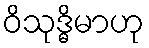
ဝိသုဒ္ဓိမာဟု